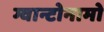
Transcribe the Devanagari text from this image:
ग्वान्टोनामो